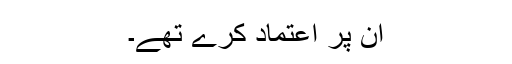
ان پر اعتماد کرے تھے۔